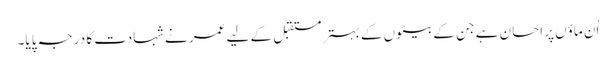
اُن ماؤں پر احسان ہے جن کے بیٹوں کے بہتر مستقبل کے لیے عمر نے شہادت کا درجہ پایا۔